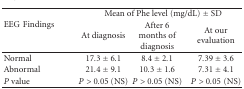
<table><thead><tr><td rowspan="2"><b>EEGFindings</b></td><td colspan="3"><b>Mean of Phe level (mg/dL) ± SD</b></td></tr><tr><td><b>At diagnosis</b></td><td><b>After 6 months of diagnosis</b></td><td><b>At our evaluation</b></td></tr></thead><tbody><tr><td>Normal</td><td>17.3 ± 6.1</td><td>8.4 ± 2.1</td><td>7.39 ± 3.6</td></tr><tr><td>Abnormal</td><td>21.4 ± 9.1</td><td>10.3 ± 1.6</td><td>7.31 ± 4.1</td></tr><tr><td><i>P</i> value</td><td><i>P</i> &gt; 0.05 (NS)</td><td><i>P</i> &gt; 0.05 (NS)</td><td><i>P</i> &gt; 0.05(NS)</td></tr></tbody></table>